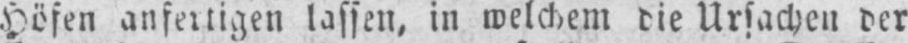
Höfen anfertigen lassen, in welchem die Ursachen der